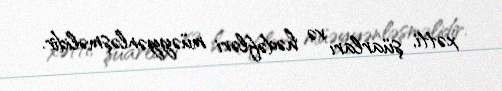
xətti, şüarları və hədəfləri müəyyənləşməlidir.